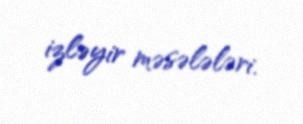
izləyir məsələləri.